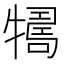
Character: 𤛴